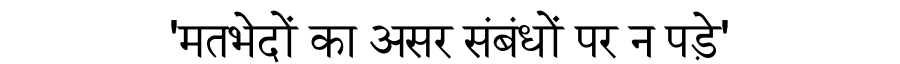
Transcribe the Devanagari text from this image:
'मतभेदों का असर संबंधों पर न पड़े'